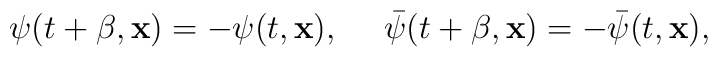
\psi(t+\beta,{\bf x})=-\psi(t,{\bf x}),\ \ \\ \ \ \ \bar\psi(t+\beta,{\bf x})=-\bar\psi(t,{\bf x}),